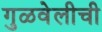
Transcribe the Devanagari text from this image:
गुळवेलीची